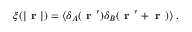
\xi ( { \lvert \textbf { r } \rvert } ) = \langle \delta _ { A } ( \textbf { r } ^ { \prime } ) \delta _ { B } ( \textbf { r } ^ { \prime } + \textbf { r } ) \rangle \; .